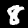
Label: 8